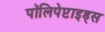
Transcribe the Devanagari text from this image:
पॉलिपेप्टाइड्स